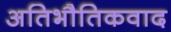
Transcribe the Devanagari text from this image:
अतिभौतिकवाद